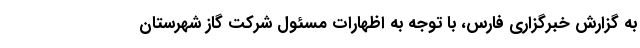
به گزارش خبرگزاری فارس، با توجه به اظهارات مسئول شرکت گاز شهرستان